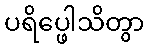
ပရိပ္ဖေါသိတွာ